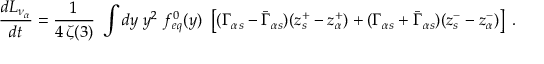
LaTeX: \frac { d L _ { \nu _ { \alpha } } } { d t } = { \frac { 1 } { 4 \, \zeta ( 3 ) } } ~ \int d y \; y ^ { 2 } ~ f _ { e q } ^ { 0 } ( y ) ~ \left[ ( \Gamma _ { \alpha s } - \bar { \Gamma } _ { \alpha s } ) ( z _ { s } ^ { + } - z _ { \alpha } ^ { + } ) + ( \Gamma _ { \alpha s } + \bar { \Gamma } _ { \alpha s } ) ( z _ { s } ^ { - } - z _ { \alpha } ^ { - } ) \right] \; .